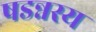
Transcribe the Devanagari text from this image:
षडन्नस्य